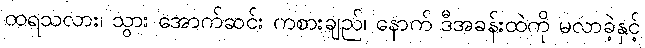
ထရသလား၊ သွား အောက်ဆင်း ကစားချည်၊ နောက် ဒီအခန်းထဲကို မလာခဲ့နှင့်